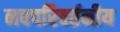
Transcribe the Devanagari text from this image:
नवपरिवर्तनीय